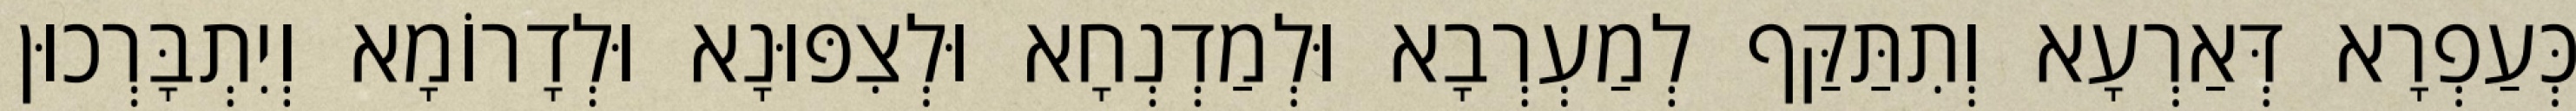
כְּעַפְרָא דְּאַרְעָא וְתִתַּקַּף לְמַעְרְבָא וּלְמַדְנְחָא וּלְצִפּוּנָא וּלְדָרוֹמָא וְיִתְבָּרְכוּן